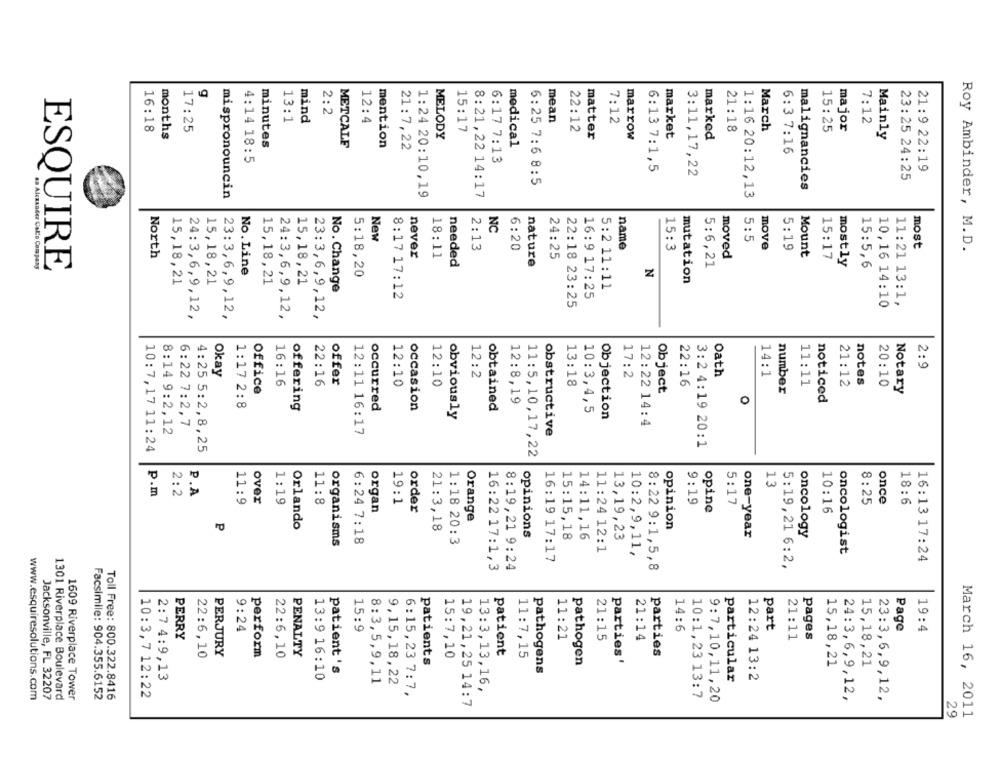
2:2
13:1
mind
12:4
mean
7:12
7:12
16:18
17:25
15:17
22:12
21: 18
March
15:25
major
months
MELODY
matter
marrow
market
marked
Mainly
METCALF
mention
medical
minutes
21:7,22
6:3 7:16
4:14 18:5
6:17 7:13
6:13 7:1,5
21:9 22:19
3:11,17,22
6:25 7:6 8:5
23:25 24:25
malignancies
mispronouncin
1:24 20:10,19
8:21,22 14:17
1:16 20:12,13
NC
New
name
5:5
most
2:13
6:20
15:3
move
5:19
Roy Ambinder, M.D.
North
never
18:11
24:25
moved
Mount
15:17
sa Alexander Cal'o Company
ESQUIRE
needed
nature
5:6,21
mostly
15:5,6
No.Line
5:18,20
N
15,18,21
15,18,21
15,18,21
15,18,21
mutation
No. Change
5:2 11:11
8:17 17:12
16:9 17:25
22:18 23:25
10,16 14:10
11:21 13:1,
24:3,6,9,12,
23:3,6,9,12,
24:3,6,9,12,
23:3,6,9,12,
2:9
Okay
12:2
17:2
Oath
14:1
offer
notes
Office
16:16
22:16
12:10
12:10
13:18
Object
22:16
11:11
21:12
20:10
Notary
number
1:17 2:8
0
noticed
offering
occurred
occasion
obtained
12:8,19
10:3,4,5
obviously
Objection
6:22 7:2,7
12:22 14:4
8:14 9:2,12
12:11 16:17
obstructive
10:7,17 11:24
4:25 5:2,8,25
3:2 4:19 20:1
11:5,10,17,22
13
p.m
2:2
P.A
11:9
over
1:19
11:8
19:1
9:19
5:17
8:25
once
18:6
organ
order
opine
10:16
Orange
P
Orlando
opinion
21:3,18
one-year
oncology
1:18 20:3
opinions
15:15,18
14:11,16
13,19,23
organisms
6:24 7:18
11:24 12:1
10:2,9,11,
oncologist
16:19 17:17
16:13 17:24
16:22 17:1,3
8:19,21 9:24
8:22 9:1,5,8
5:19,21 6:2,
9:24
15:9
14:6
part
Page
19:4
PERRY
11:21
21:15
21:14
21:11
pages
22:6,10
PERJURY
perform
22:6,10
PENALTY
patient
11:7,15
parties
patients
15:7,10
parties'
15,18,21
pathogen
15,18,21
2:7 4:9,13
13:9 16:10
patient 's
pathogens
12:24 13:2
8:3,5,9,11
9,15,18,22
particular
10:3,7 12:22
6:15,23 7:7,
13:3,13,16,
www.esquiresolutions.com
Jacksonville, FL 32207
1301 Riverplace Boulevard
1609 Riverplace Tower
Facsimile: 904.355.6152
Toll Free: 800.322.8416
10:1,23 13:7
9:7,10,11,20
24:3,6,9,12,
23:3,6,9,12,
19,21,25 14:7
29
March 16, 2011